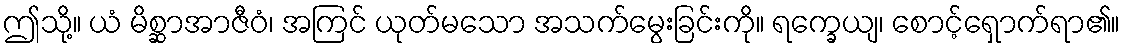
ဤသို့။ ယံ မိစ္ဆာအာဇီဝံ၊ အကြင် ယုတ်မသော အသက်မွေးခြင်းကို။ ရက္ခေယျ၊ စောင့်ရှောက်ရာ၏။